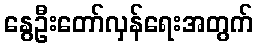
နွေဦးတော်လှန်ရေးအတွက်